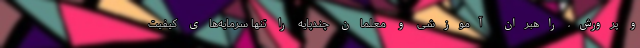
و پرورش، راهبران آموزشی و معلمان چندپایه را تنها سرمایه‌های کیفیت